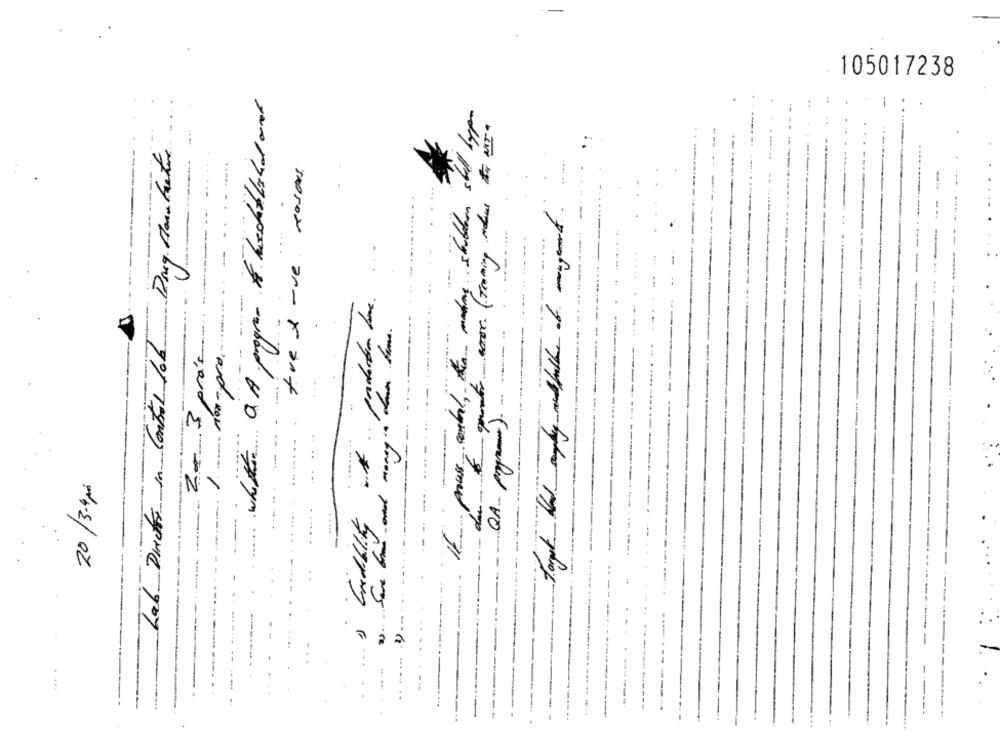
105017238
what a A program & hechtbald and
puntos. ( Training odue to Mr.
If pour contal, the modny schulden stel
--..
fre I-ve reasons.
---
........
--------
-- -........
..... non - pro ............
Lab Director in Control lok
2- 3 prá's
money in ?
.-
-
20/3-4 pm
Cidiblity
--
.
... ...